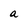
Character: a